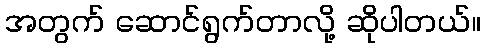
အတွက် ဆောင်ရွက်တာလို့ ဆိုပါတယ်။